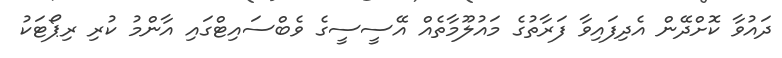
ދައުވާ ކޮށްދޭން އެދިފައިވާ ފަރާތުގެ މައުލޫމާތެއް އޭސީސީގެ ވެބްސައިޓްގައި އާންމު ކުރި ރިޕޯޓަކު